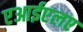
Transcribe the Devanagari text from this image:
एआईएलए